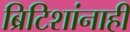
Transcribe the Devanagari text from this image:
ब्रिटिशांनाही